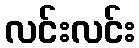
လင်းလင်း